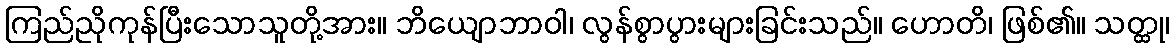
ကြည်ညိုကုန်ပြီးသောသူတို့အား။ ဘိယျောဘာဝါ၊ လွန်စွာပွားများခြင်းသည်။ ဟောတိ၊ ဖြစ်၏။ သတ္ထု၊